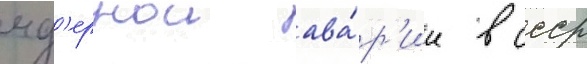
яд'ернои ава́р'ии в ссср